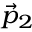
\scriptstyle { \vec { p } } _ { 2 }